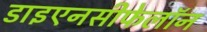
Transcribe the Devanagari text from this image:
डाइएनसीफेलॉन